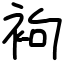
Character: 袧